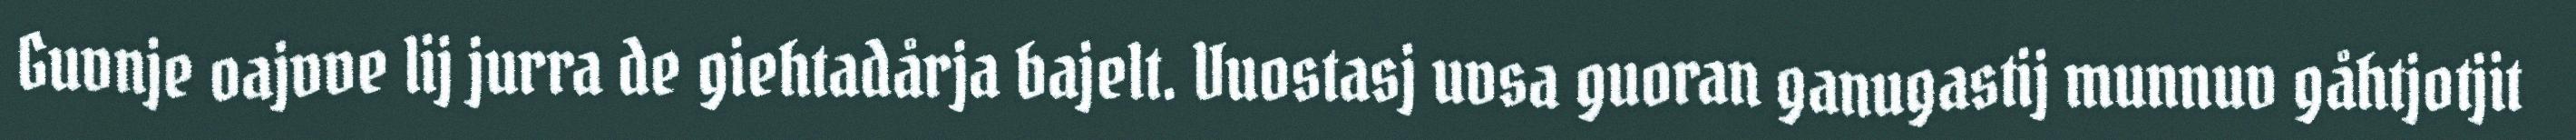
Guvnje oajvve lij jurra de giehtadårja bajelt. Vuostasj uvsa guoran ganugastij munnuv gåhtjotjit